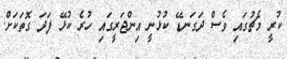
ކުރީ މެޗުގައި ވެސް ދަގަނޑޭ ކުޅުނީ އިންޖަރީގައި ހުރެ ކުޅޭ ފަދަ ގޮތަކަށް.